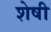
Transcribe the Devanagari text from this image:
शेषी